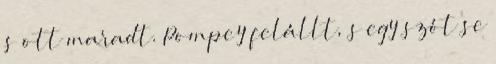
s ott maradt. Pompey felállt, s egy szót se